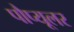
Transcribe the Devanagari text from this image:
पौप्यूलर